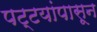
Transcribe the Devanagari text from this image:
पट्टयांपासून